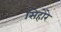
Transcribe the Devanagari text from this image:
सिहोरे